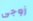
زوجى